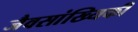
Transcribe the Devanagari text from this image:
जैवसांख्यिकी